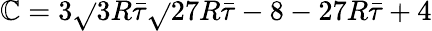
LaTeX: \mathbb{C}=3\sqrt{}{{3R\bar{{\tau}}}}\sqrt{}{{27R\bar{{\tau}}-8}}-27R\bar{{\tau}}+4